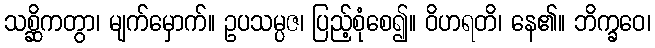
သစ္ဆိကတွာ၊ မျက်မှောက်။ ဥပသမ္ပဇ၊ ပြည့်စုံစေ၍။ ဝိဟရတိ၊ နေ၏။ ဘိက္ခဝေ၊